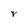
Character: V